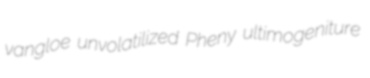
vangloe unvolatilized Pheny ultimogeniture